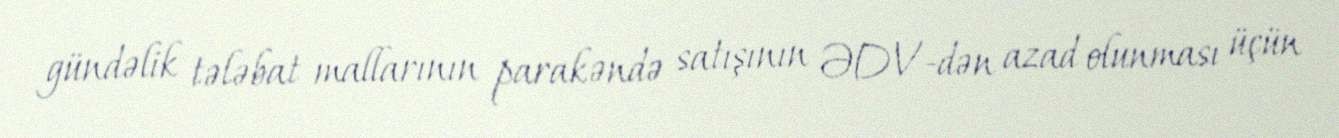
gündəlik tələbat mallarının parakəndə satışının ƏDV-dən azad olunması üçün